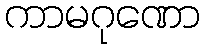
ကာမဂုဏော